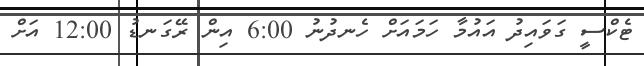
ޓެކްސީ ގަވައިދު އައުމާ ހަމައަށް ހެނދުނު 6:00 އިން ރޭގަނޑު 12:00 އަށް